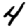
Digit: 4